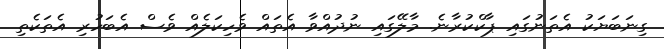
ގިނަބަޔަކު އެތަނުގައި ޕާކްކުރާނެ. މާލޭގައި ނުދުއްވާ އެތައް ވެހިކަލެއް ވެސް އެބަހުރި އެތަކެތި